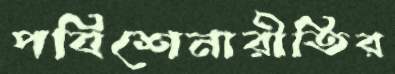
পবিশেনারীতির